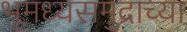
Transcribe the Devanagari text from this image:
भूमध्यसमुद्राच्या